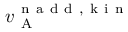
v _ { \mathrm { ~ A ~ } } ^ { \mathrm { ~ n ~ a ~ d ~ d ~ , ~ k ~ i ~ n ~ } }